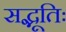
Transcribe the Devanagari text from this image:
सद्भूतिः